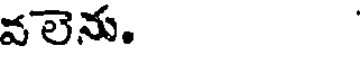
వలెను.